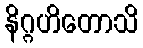
နိဂ္ဂဟိတောသိ